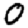
Digit: 0